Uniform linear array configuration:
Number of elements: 64
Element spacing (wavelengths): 1
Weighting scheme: uniform
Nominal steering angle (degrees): -60
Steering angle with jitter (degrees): -59.103
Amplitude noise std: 0.05
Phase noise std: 0.05

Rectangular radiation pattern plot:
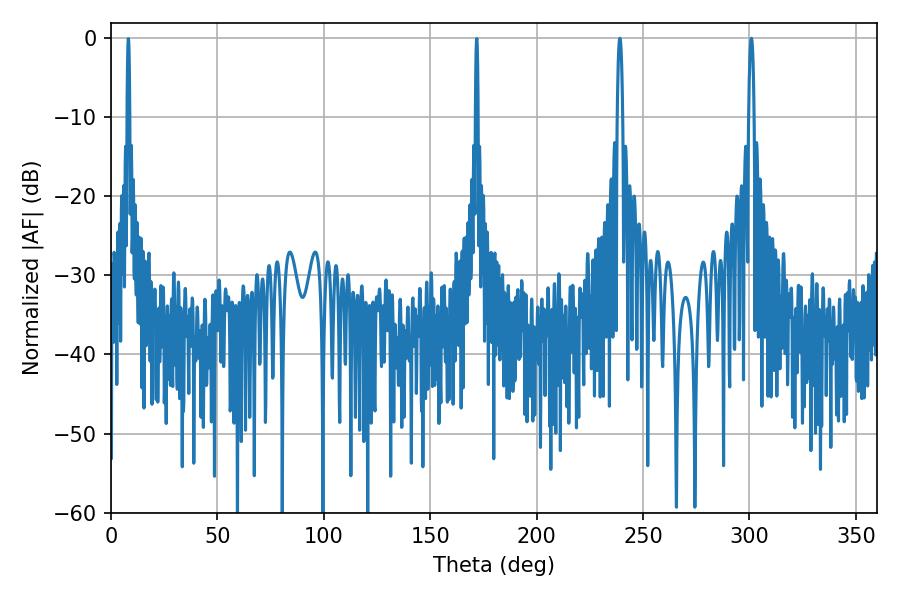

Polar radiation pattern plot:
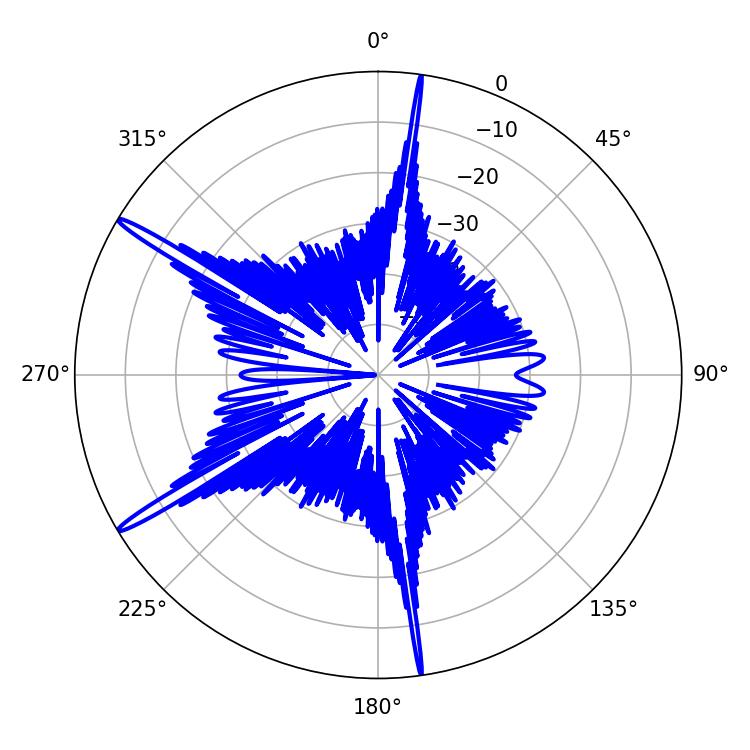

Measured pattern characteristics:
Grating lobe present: TRUE
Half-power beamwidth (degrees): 1.26
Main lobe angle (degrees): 300.96